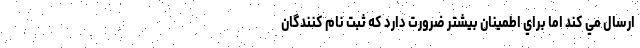
ارسال مي كند اما براي اطمينان بيشتر ضرورت دارد كه ثبت نام كنندگان